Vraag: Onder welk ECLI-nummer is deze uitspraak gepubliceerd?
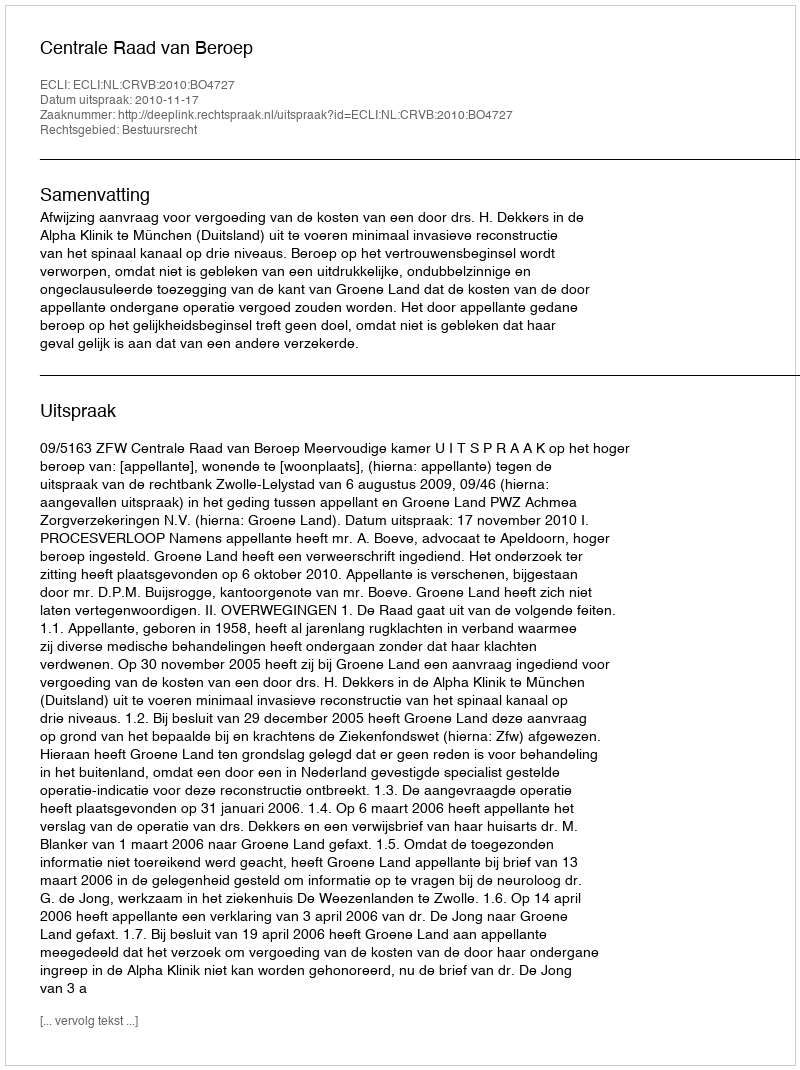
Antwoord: ECLI:NL:CRVB:2010:BO4727